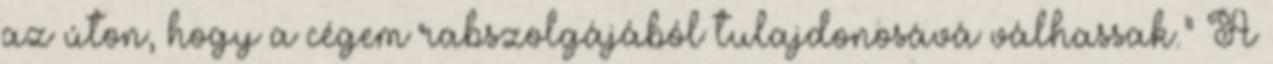
az úton, hogy a cégem rabszolgájából tulajdonosává válhassak.” A